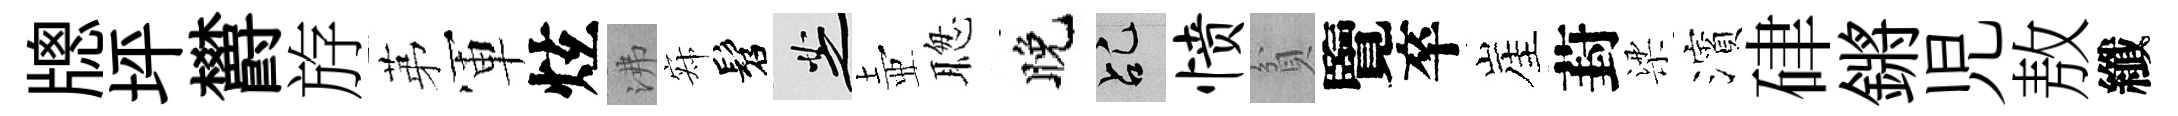
牕坪欝斿苐軍炫沸寂髫芝壺聦晚乩愤貧覽卒崖葑梁濱硉鏘児敖纖